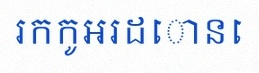
រកកូអរដោនេ